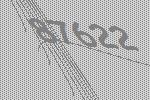
87622